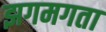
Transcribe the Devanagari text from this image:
झगमगता